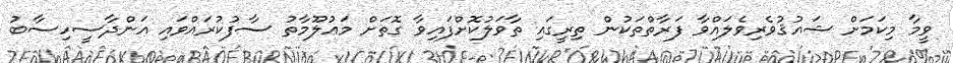
ވީމާ މިކަމަށް ޝައުޤުވެރިވެލައްވާ ފަރާތްތަކުން ތިރީގައި ތާވަލުކޮށްފައިވާ ގޮތަށް މަޢުލޫމާތު ސާފުކުރައްވައި އަންދާސީހިސާބު